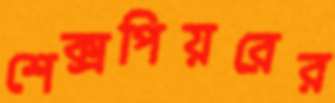
শেক্সপিয়রের